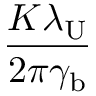
\frac { K \lambda _ { \mathrm { U } } } { 2 \pi \gamma _ { \mathrm { b } } }